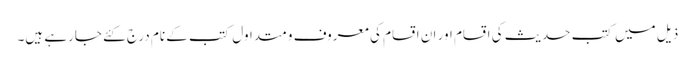
ذیل میں کتب حدیث کی اقسام اور ان اقسام کی معروف و متداول کتب کے نام درج کئے جارہے ہیں۔